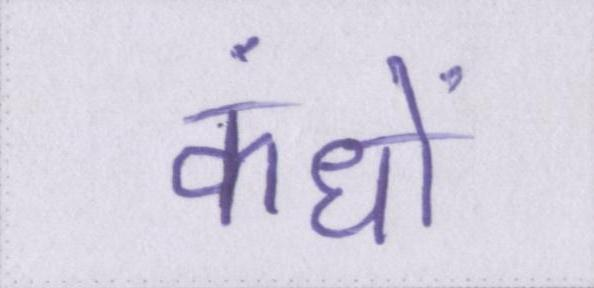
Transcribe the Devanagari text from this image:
कंधों